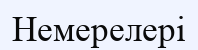
Немерелері